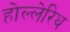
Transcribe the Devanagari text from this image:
होल्लेरिथ